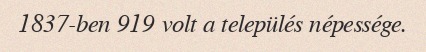
1837-ben 919 volt a település népessége.